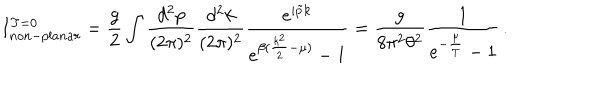
I _ { n o n - p l a n a r } ^ { T = 0 } = \frac { g } { 2 } \int \frac { d ^ { 2 } p } { ( 2 \pi ) ^ { 2 } } \frac { d ^ { 2 } k } { ( 2 \pi ) ^ { 2 } } \frac { e ^ { i \tilde { p } k } } { e ^ { \beta ( \frac { k ^ { 2 } } { 2 } - \mu ) } - 1 } = \frac { g } { 8 \pi ^ { 2 } \theta ^ { 2 } } \frac { 1 } { e ^ { - \frac { \mu } { T } } - 1 } \, .